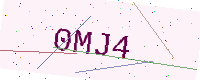
Text: 0MJ4